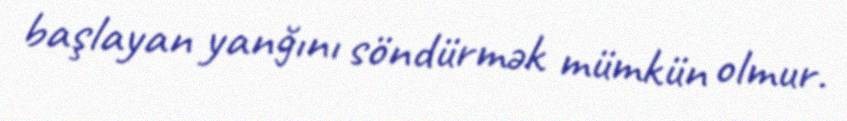
başlayan yanğını söndürmək mümkün olmur.